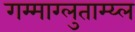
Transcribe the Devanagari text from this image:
गम्माग्लुताम्य्ल